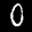
Label: 0